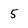
Character: 5